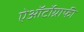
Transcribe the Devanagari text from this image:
ऐऑर्टोग्राफी